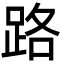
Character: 路